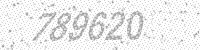
Solution: 789620